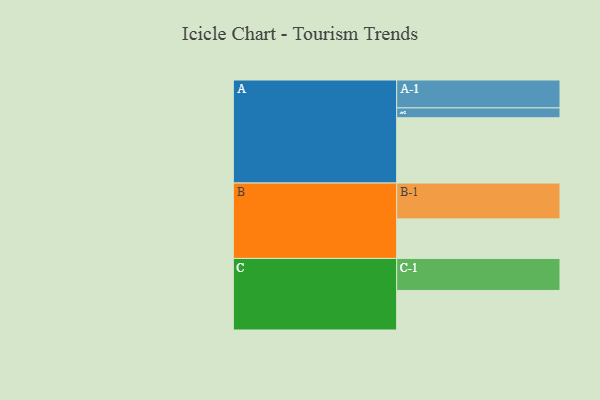
{"axis": {"x": "Segment", "y": "Value"}, "legend": ["", "A", "B", "C"], "data": [{"x": "A", "y": 543, "type": ""}, {"x": "B", "y": 329, "type": ""}, {"x": "C", "y": 329, "type": ""}, {"x": "A-1", "y": 232, "type": "A"}, {"x": "A-2", "y": 82, "type": "A"}, {"x": "B-1", "y": 298, "type": "B"}, {"x": "C-1", "y": 266, "type": "C"}]}